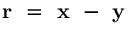
\textbf { r } = \textbf { x } - \textbf { y }